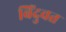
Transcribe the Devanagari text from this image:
बिंदुवत